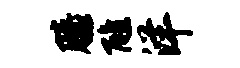
膝醮洋